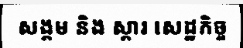
សង្គម និង ស្តារ សេដ្ឋកិច្ច